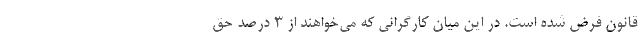
قانون فرض شده است. در این میان کارگرانی که می‌خواهند از ۳ درصد حق